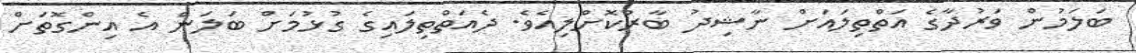
ބަލަމުން ވަރުދާގެ އަތްތިލައަށް ނާޝިދު ބާރުކޮށްލިއެވެ. ދެއަތްތިލައިގެ ގުޅުމަށް ބަލަން އެ އިންގޮތަށް